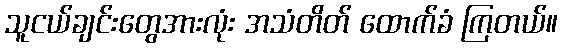
သူငယ်ချင်းတွေအားလုံး အသံတိတ် ထောက်ခံ ကြတယ်။